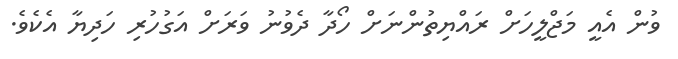
ވުން އެއީ މަޖްލީހަށް ރައްޔިތުންނަށް ހޯދާ ދެވުނު ވަރަށް އަގުހުރި ހަދިޔާ އެކެވެ.